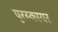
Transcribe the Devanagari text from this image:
पुरस्कायर